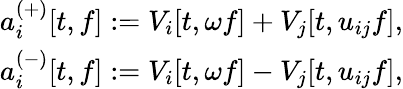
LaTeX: \begin{array}{r}{a_{i}^{(+)}[t,f]:=V_{i}[t,\omega f]+V_{j}[t,u_{ij}f],}\\ {a_{i}^{(-)}[t,f]:=V_{i}[t,\omega f]-V_{j}[t,u_{ij}f],}\end{array}